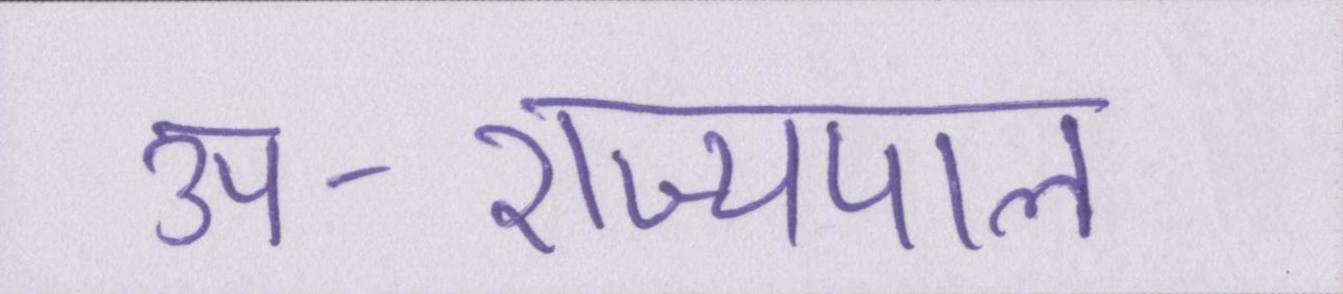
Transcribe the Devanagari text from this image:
उप-राज्यपाल